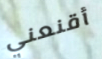
أقنعني